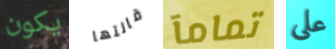
يكون قالتها تمامآ على